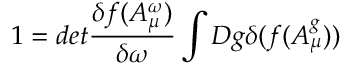
1 = d e t \frac { \delta f ( A _ { \mu } ^ { \omega } ) } { \delta \omega } \int D g \delta ( f ( A _ { \mu } ^ { g } ) )